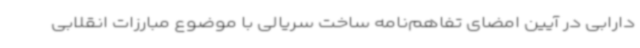
دارابی در آیین امضای تفاهم‌نامه ساخت سریالی با موضوع مبارزات انقلابی